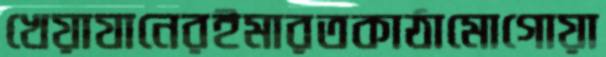
খেয়াযানেরইমারতকাঠামোগোয়া